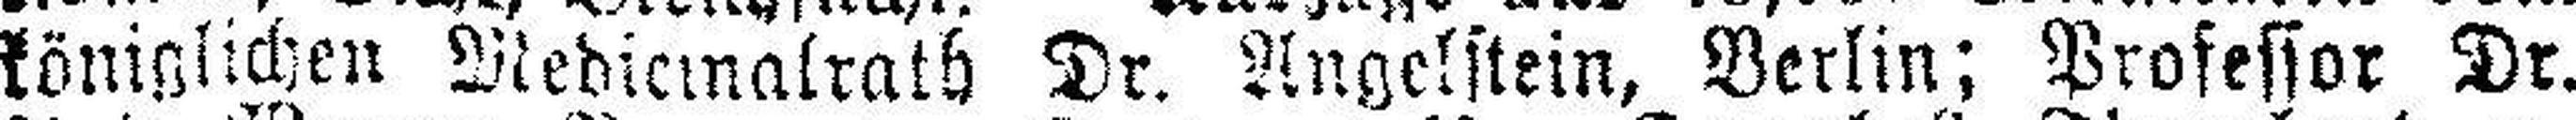
königlichen Mediemalrath Dr. Angelstein, Berlin; Professor Dr.